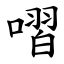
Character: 㗩